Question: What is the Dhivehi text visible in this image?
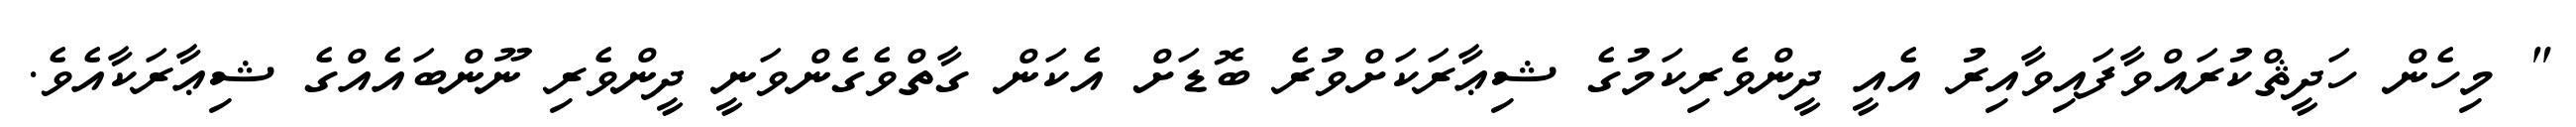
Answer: " މިހެން ހަދީޘްކުރައްވާފައިވާއިރު އެއީ ދީންވެރިކަމުގެ ޝިޢާރަކަށްވުރެ ބޮޑަށް އެކަން ގާތްވެގެންވަނީ ދީންވެރި ނޫންބައެއްގެ ޝިޢާރަކާއެވެ.